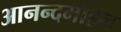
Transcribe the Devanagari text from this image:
आनन्दमोहन